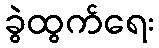
ခွဲထွက်ရေး